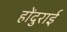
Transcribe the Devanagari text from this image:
होंदुराई